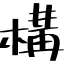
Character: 構